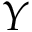
Y